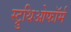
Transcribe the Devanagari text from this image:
स्ट्रुथिओफॉर्म